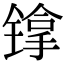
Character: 镎